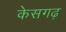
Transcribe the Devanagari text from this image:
केसगढ़